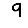
Digit: 9